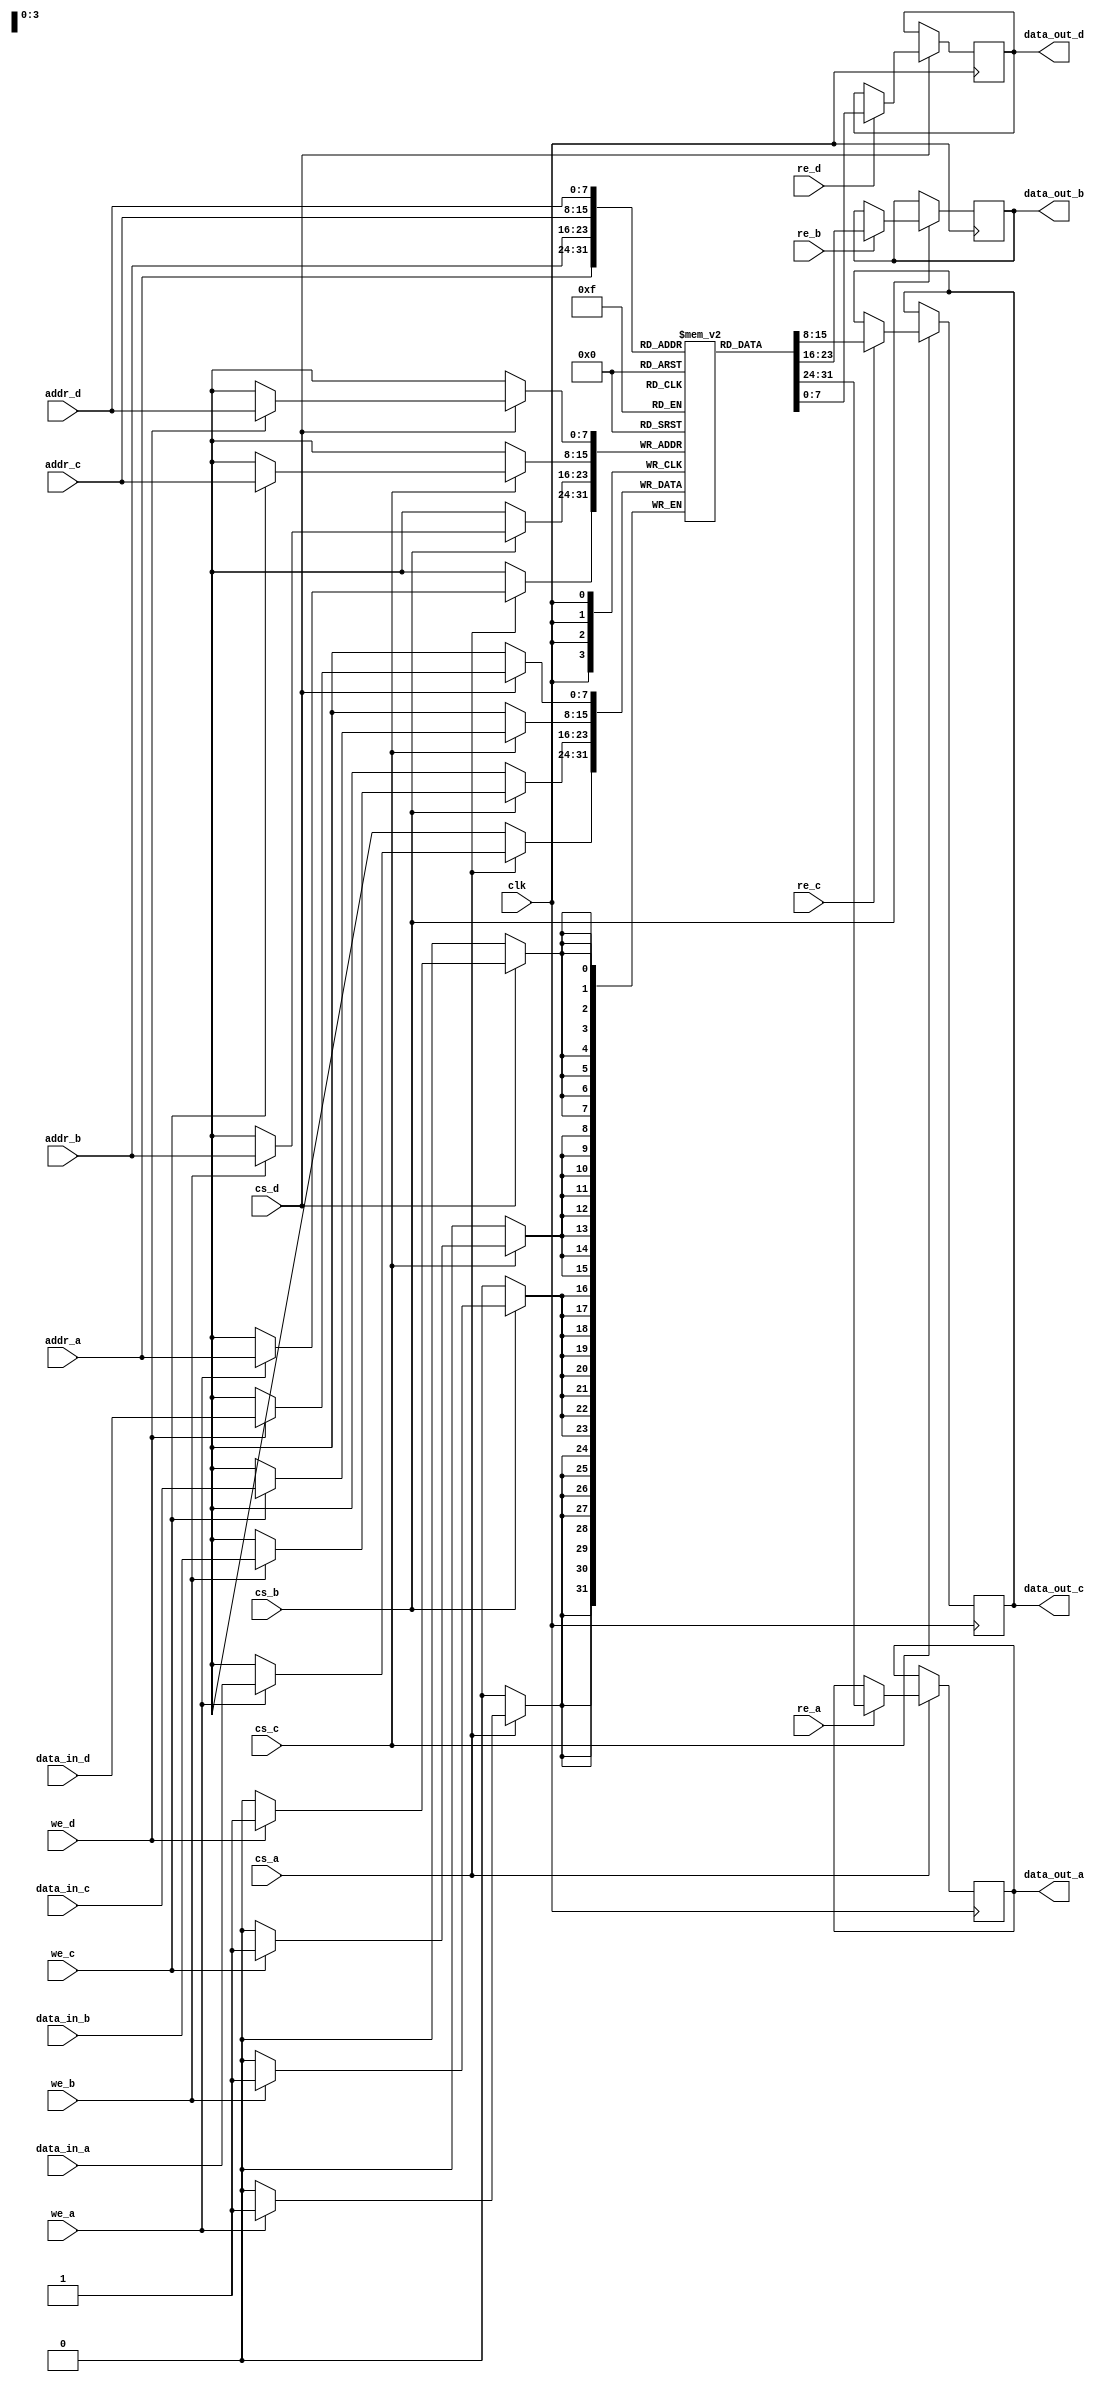
module quad_port_sram #(
    parameter DATA_WIDTH = 8,  // Data width for each port
    parameter ADDR_WIDTH = 8,  // Address width for each port
    parameter MEM_DEPTH = 256   // Depth of the memory (number of rows)
)(
    input wire clk,                          // Clock signal
    input wire [ADDR_WIDTH-1:0] addr_a,     // Address for Port A
    input wire [ADDR_WIDTH-1:0] addr_b,     // Address for Port B
    input wire [ADDR_WIDTH-1:0] addr_c,     // Address for Port C
    input wire [ADDR_WIDTH-1:0] addr_d,     // Address for Port D
    input wire [DATA_WIDTH-1:0] data_in_a,  // Data input for Port A
    input wire [DATA_WIDTH-1:0] data_in_b,  // Data input for Port B
    input wire [DATA_WIDTH-1:0] data_in_c,  // Data input for Port C
    input wire [DATA_WIDTH-1:0] data_in_d,  // Data input for Port D
    input wire we_a,                         // Write enable for Port A
    input wire we_b,                         // Write enable for Port B
    input wire we_c,                         // Write enable for Port C
    input wire we_d,                         // Write enable for Port D
    input wire re_a,                         // Read enable for Port A
    input wire re_b,                         // Read enable for Port B
    input wire re_c,                         // Read enable for Port C
    input wire re_d,                         // Read enable for Port D
    input wire cs_a,                         // Chip select for Port A
    input wire cs_b,                         // Chip select for Port B
    input wire cs_c,                         // Chip select for Port C
    input wire cs_d,                         // Chip select for Port D
    output reg [DATA_WIDTH-1:0] data_out_a, // Data output for Port A
    output reg [DATA_WIDTH-1:0] data_out_b, // Data output for Port B
    output reg [DATA_WIDTH-1:0] data_out_c, // Data output for Port C
    output reg [DATA_WIDTH-1:0] data_out_d  // Data output for Port D
);

    // Memory array declaration
    reg [DATA_WIDTH-1:0] memory [0:MEM_DEPTH-1];

    // Write and Read operations for Port A
    always @(posedge clk) begin
        if (cs_a) begin
            if (we_a) begin
                memory[addr_a] <= data_in_a; // Write operation
            end
            if (re_a) begin
                data_out_a <= memory[addr_a]; // Read operation
            end
        end
    end

    // Write and Read operations for Port B
    always @(posedge clk) begin
        if (cs_b) begin
            if (we_b) begin
                memory[addr_b] <= data_in_b; // Write operation
            end
            if (re_b) begin
                data_out_b <= memory[addr_b]; // Read operation
            end
        end
    end

    // Write and Read operations for Port C
    always @(posedge clk) begin
        if (cs_c) begin
            if (we_c) begin
                memory[addr_c] <= data_in_c; // Write operation
            end
            if (re_c) begin
                data_out_c <= memory[addr_c]; // Read operation
            end
        end
    end

    // Write and Read operations for Port D
    always @(posedge clk) begin
        if (cs_d) begin
            if (we_d) begin
                memory[addr_d] <= data_in_d; // Write operation
            end
            if (re_d) begin
                data_out_d <= memory[addr_d]; // Read operation
            end
        end
    end

    // Optional: Initialization logic can be added here if needed

endmodule